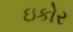
ઇકોર